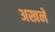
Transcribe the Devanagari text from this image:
अखने